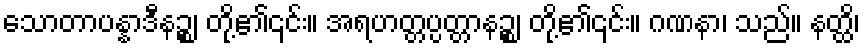
သောတာပန္နာဒီနဉ္စ၊ တို့၏၎င်း။ အရဟတ္တပ္ပတ္တာနဉ္စ၊ တို့၏၎င်း။ ဂဏနာ၊ သည်။ နတ္ထိ၊